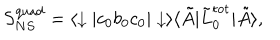
LaTeX: S _ { N S } ^ { \mathrm { q u a d } } = \langle \downarrow | c _ { 0 } b _ { 0 } c _ { 0 } | \downarrow \rangle \langle \tilde { A } | \tilde { L } _ { 0 } ^ { \mathrm { t o t } } | \tilde { A } \rangle ,